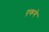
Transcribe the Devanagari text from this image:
एकगे